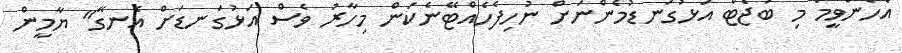
އެހެންވީމަ މި ބަޖެޓް އަޅުގަނޑުމެންނަށް ނުހިފެހެއްޓޭނެކަން މިހާރު ވެސް އަޅުގަނޑަށް އެނގޭ" ޔާމީން